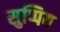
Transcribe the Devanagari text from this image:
सुप्पिय